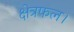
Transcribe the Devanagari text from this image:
क्षेत्रफल।